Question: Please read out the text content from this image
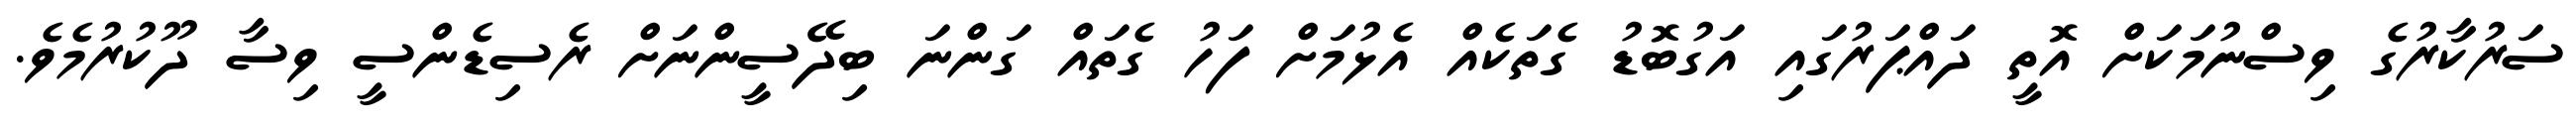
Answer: ސަރުކާރުގެ ވިސްނުމަކަށް އޮތީ ދައްޕަރުގައި އަގުބޮޑު ގެތަކެއް އެޅުމަށް ފަހު ގެތައް ގަންނަ ބިދޭސީންނަށް ރެސިޑެންސީ ވިސާ ދޫކުރުމެވެ.